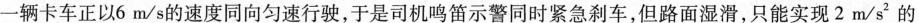
有一辆卡车正以6m/s的速度同向匀速行驶，于是司机鸣笛示警同时紧急刹车，但路面湿滑，只能实现2m/s^{2}的